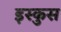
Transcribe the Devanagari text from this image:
इस्कुस